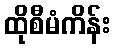
ထိုစီမံကိန်း